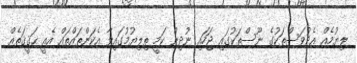
ލިޔުމެއް އެދުވަސްތަކުގެ ނޫސްތަކުގައި ޖަހައި ނުދިން ކަމީ ތިލިޔުމުގައިވާ އެކަންތައްތައް އެއީ ޙަޤީޤަތެއް